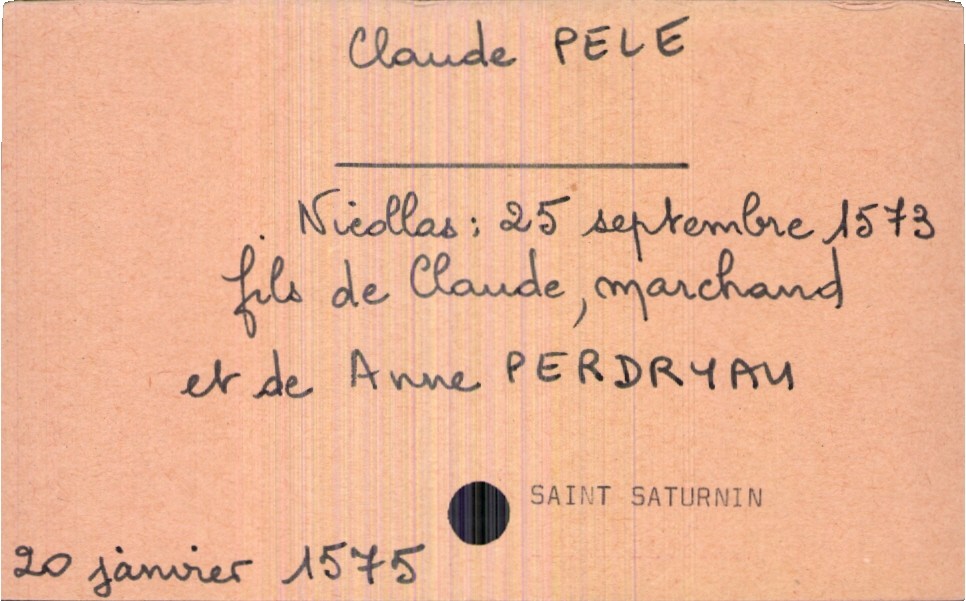
type_acte: Baptême
filiation: fils
enfant_prénom: Claude
enfant_date_de_naissance: 20 janvier 1575
enfant_lieu_de_naissance: Saint Saturnin
père_enfant_nom: Pele
père_enfant_prénom: Claude
père_enfant_profession: marchand
mère_enfant_nom: Perdryam
mère_enfant_prénom: Anne